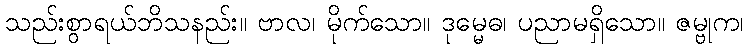
သည်းစွာရယ်ဘိသနည်း။ ဗာလ၊ မိုက်သော။ ဒုမ္မေဓ၊ ပညာမရှိသော။ ဇမ္ဗုက၊